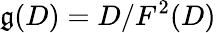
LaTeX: \mathfrak{g}(D)=D/F^{2}(D)